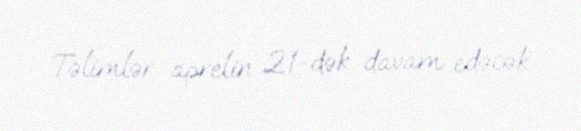
Təlimlər aprelin 21-dək davam edəcək.